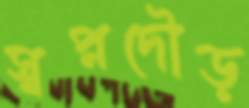
স্বপ্নদৌড়